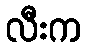
လီးက